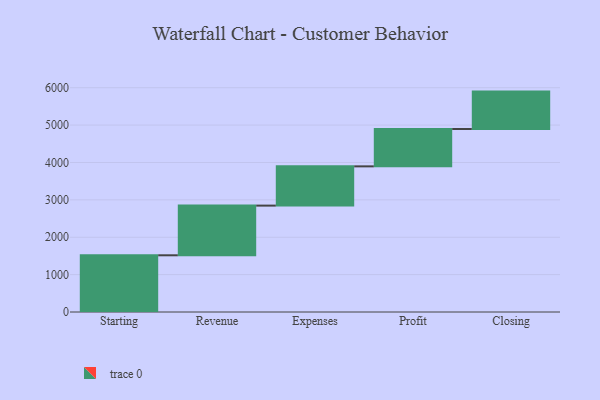
{"axis": {"x": "Step", "y": "Value"}, "legend": [""], "data": [{"x": "Starting", "y": 1517.0, "type": ""}, {"x": "Revenue", "y": 1329.0, "type": ""}, {"x": "Expenses", "y": 1050.0, "type": ""}, {"x": "Profit", "y": 1000, "type": ""}, {"x": "Closing", "y": 1000, "type": ""}]}